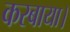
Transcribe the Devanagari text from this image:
करबाया।